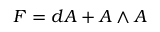
F = d A + A \wedge A